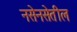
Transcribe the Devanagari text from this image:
नसेनसेतील